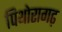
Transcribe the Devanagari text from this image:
पिथोरागढ़